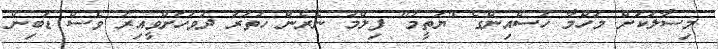
މިސާލަކަށް މަހްމާ ހުސެއިންގެ "ޔަތީމު" ފިލްމު ނެރެން ހަތަރު ދުވަހަށްވީއިރު ވެސް ޑަބިން